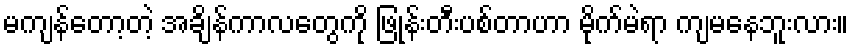
မကျန်တော့တဲ့ အချိန်ကာလတွေကို ဖြုန်းတီးပစ်တာဟာ မိုက်မဲရာ ကျမနေဘူးလား။